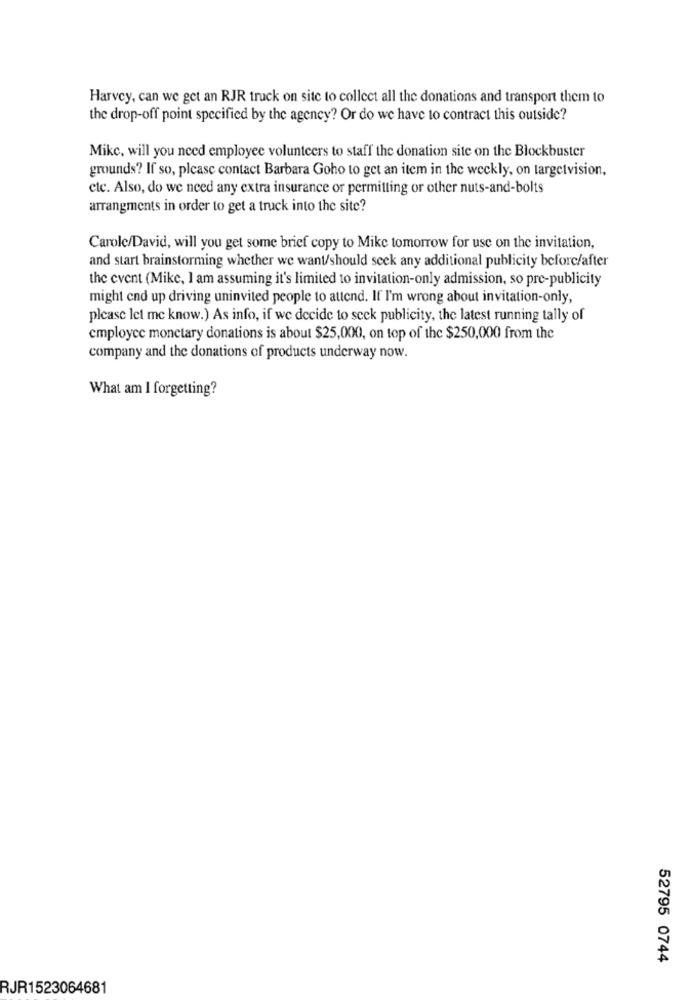
Harvey, can we get an RJR truck on site to collect all the donations and transport them to
the drop-off point specified by the agency? Or do we have to contract this outside?
Mike, will you need employee volunteers to staff the donation site on the Blockbuster
grounds? If so, please contact Barbara Goho to get an item in the weekly, on targetvision,
ctc. Also, do we need any extra insurance or permitting or other nuts-and-bolts
arrangments in order to get a truck into the site?
Carole/David, will you get some brief copy to Mike tomorrow for use on the invitation,
and start brainstorming whether we want/should seek any additional publicity before/after
the event (Mike, I am assuming it's limited to invitation-only admission, so pre-publicity
might end up driving uninvited people to attend. If I'm wrong about invitation-only,
please let me know.) As info, if we decide to seek publicity, the latest running tally of
employee monetary donations is about $25,000, on top of the $250,000 from the
company and the donations of products underway now.
What am I forgetting?
52795 0744
RJR1523064681